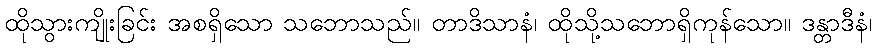
ထိုသွားကျိုးခြင်း အစရှိသော သဘောသည်။ တာဒိသာနံ၊ ထိုသို့သဘောရှိကုန်သော။ ဒန္တာဒီနံ၊